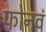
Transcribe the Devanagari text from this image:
फोनवं